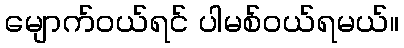
မျောက်ဝယ်ရင် ပါမစ်ဝယ်ရမယ်။